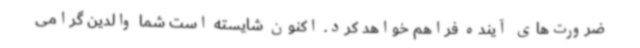
ضرورت‌های آینده فراهم خواهد کرد. اکنون شایسته است شما والدین گرامی